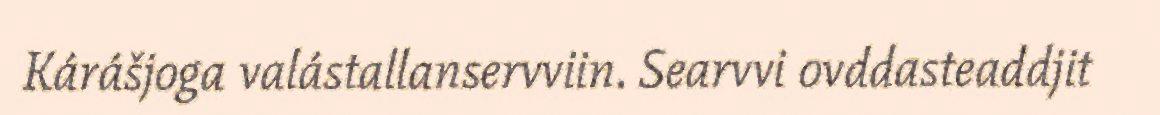
Kárášjoga valástallanservviin. Searvvi ovddasteaddjit